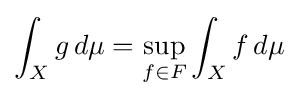
\int _{X}g\,d\mu =\sup _{f\in F}\int _{X}f\,d\mu